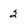
Character: 2